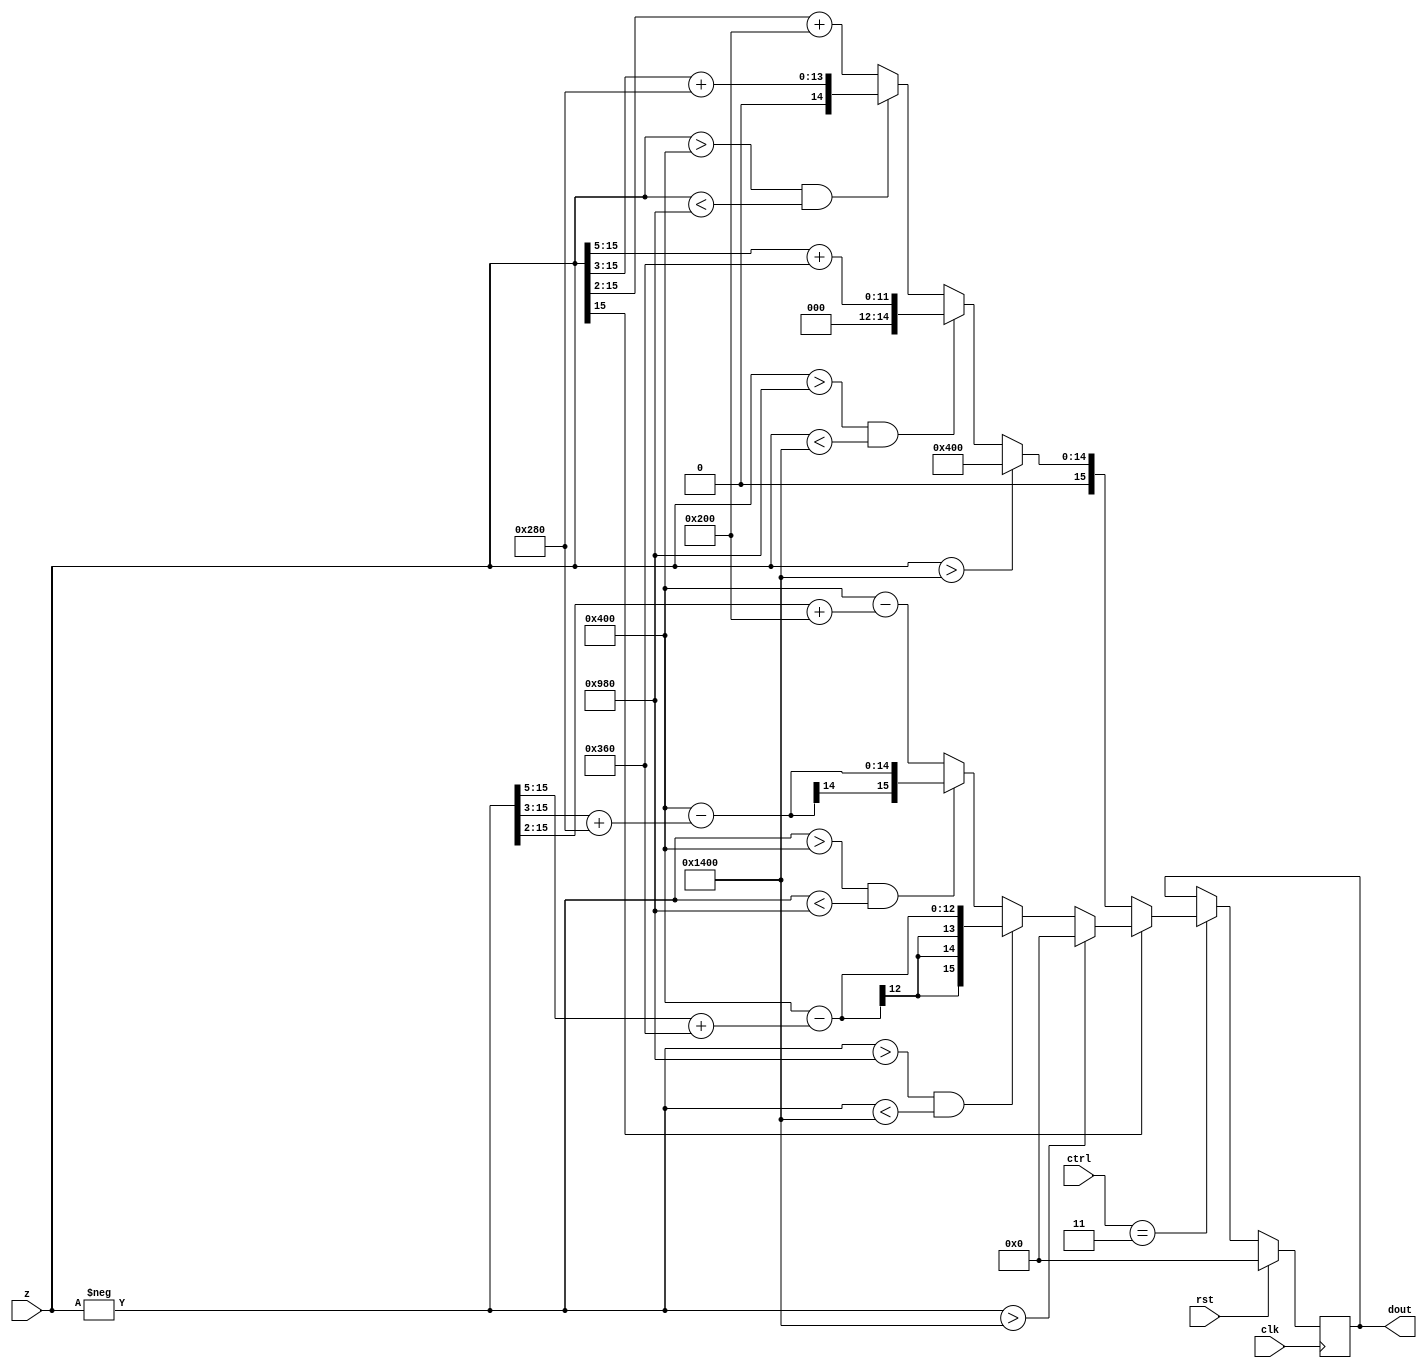
module activationFunction(clk, rst, ctrl, z, dout);
 input clk;
 input rst;
 input [3:0] ctrl;
 input signed [15:0] z;
 output signed [15:0] dout;
 
 //wires and regs
 reg [15:0] a1;
 
 always @(posedge clk) begin
  if (rst == 1'b1) begin
    a1 <= 16'd0;
  end
  
  else
  begin
    if (ctrl == 4'b0011)
      begin
        if (z[15] == 1'b1) 
          begin
            if ((-z) > 16'b000101_0000000000)
            begin
              a1 <= 16'd0;
            end
            else if (((-z) > 16'b000010_0110000000) && ((-z) < 16'b000101_0000000000)) 
              a1 <= (16'b000001_0000000000)-(((-z) >> 5) + 16'b000000_1101100000);
            else if (((-z) > 16'b000001_0000000000) && ((-z) < 16'b000010_0110000000))
              a1 <= (16'b000001_0000000000)-(((-z) >> 3) + 16'b000000_1010000000);
            else
              a1 <= (16'b000001_0000000000)-(((-z) >> 2) + 16'b000000_1000000000);
          end
        else if (z[15] == 1'b0)
          begin
            if (z > 16'b000101_0000000000)
              a1 <= 16'b000001_0000000000;
            else if ((z > 16'b000010_0110000000) && (z < 16'b000101_0000000000))
              a1 <= (z>>5) + 16'b000000_1101100000;
            else if ((z > 16'b000001_0000000000) && (z < 16'b000010_0110000000))
              a1 <= (z>>3) + 16'b000000_1010000000;
            else
              a1 <= (z>>2) + 16'b000000_1000000000;
          end
        else
          begin
            a1 <= a1;
          end
      end

    else
      begin
        a1 <= a1;
      end
  end
 end

assign dout = a1;

endmodule